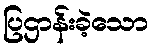
ပြဌာန်းခဲ့သော